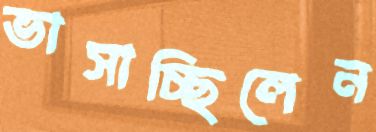
ভাসাচ্ছিলেন